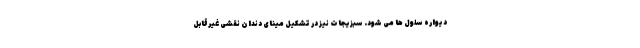
دیواره سلول ها می شود. سبزیجات نیز در تشکیل مینای دندان نقشی غیرقابل